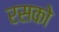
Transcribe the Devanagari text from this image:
रसको